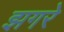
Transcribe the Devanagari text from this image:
झगरे